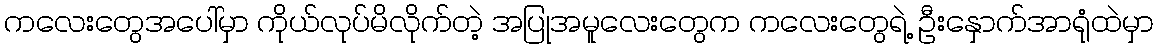
ကလေးတွေအပေါ်မှာ ကိုယ်လုပ်မိလိုက်တဲ့ အပြုအမူလေးတွေက ကလေးတွေရဲ့ ဦးနှောက်အာရုံထဲမှာ